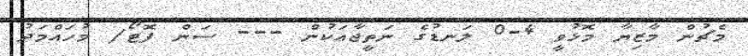
މެޗުން މާޒިޔާ މޮޅުވީ 4-0 ލަނޑުގެ ނަތީޖާއަކުން --- ސަން ފޮޓޯ/ މުހައްމަދު